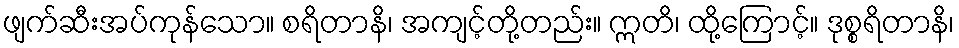
ဖျက်ဆီးအပ်ကုန်သော။ စရိတာနိ၊ အကျင့်တို့တည်း။ ဣတိ၊ ထို့ကြောင့်။ ဒုစ္စရိတာနိ၊